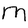
Character: M